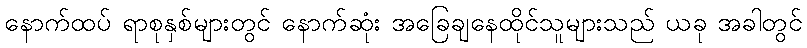
နောက်ထပ် ရာစုနှစ်များတွင် နောက်ဆုံး အခြေချနေထိုင်သူများသည် ယခု အခါတွင်